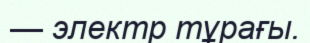
— электр тұрағы.